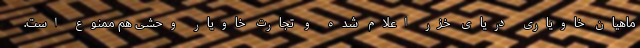
ماهیان خاویاری دریای خزر اعلام شده و تجارت خاویار وحشی هم ممنوع است.